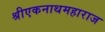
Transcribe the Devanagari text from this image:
श्रीएकनाथमहाराज